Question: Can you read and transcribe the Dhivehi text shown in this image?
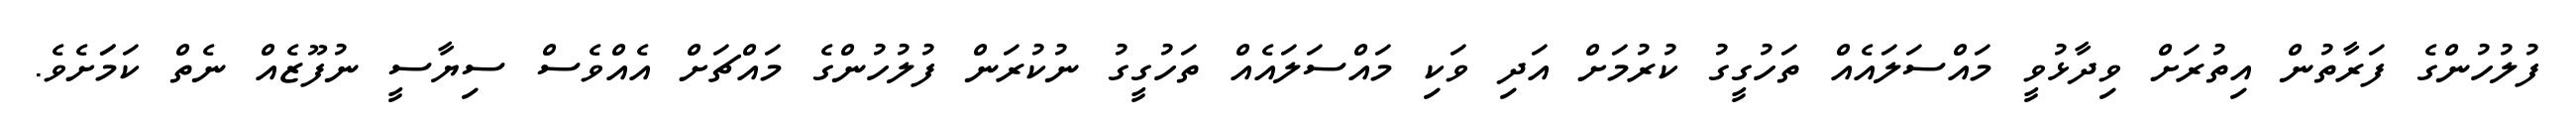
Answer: ފުލުހުންގެ ފަރާތުން އިތުރަށް ވިދާޅުވީ މައްސަލައެއް ތަހުގީގު ކުރުމަށް އަދި ވަކި މައްސަލައެއް ތަހުގީގު ނުކުރަން ފުލުހުންގެ މައްޗަށް އެއްވެސް ސިޔާސީ ނުފޫޒެއް ނެތް ކަމަަށެވެ.